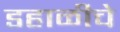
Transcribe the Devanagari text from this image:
डहाळीचे